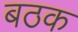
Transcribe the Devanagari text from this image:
बठक